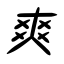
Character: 爽